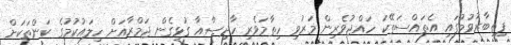
ފިތިބާރުވުމުގައި އެތައްސަތޭކަ ހައްޖުވެރިން މަރުވި ހިތާމަވެރި ހާދިސާއާ ގުޅިގެން ޖަމްރާއަށް ހިލައުކުމުގެ ކަންތަކަށް